Vaccine operations Central Provinces 1886-1899 - 1886-1899
Year: 1886
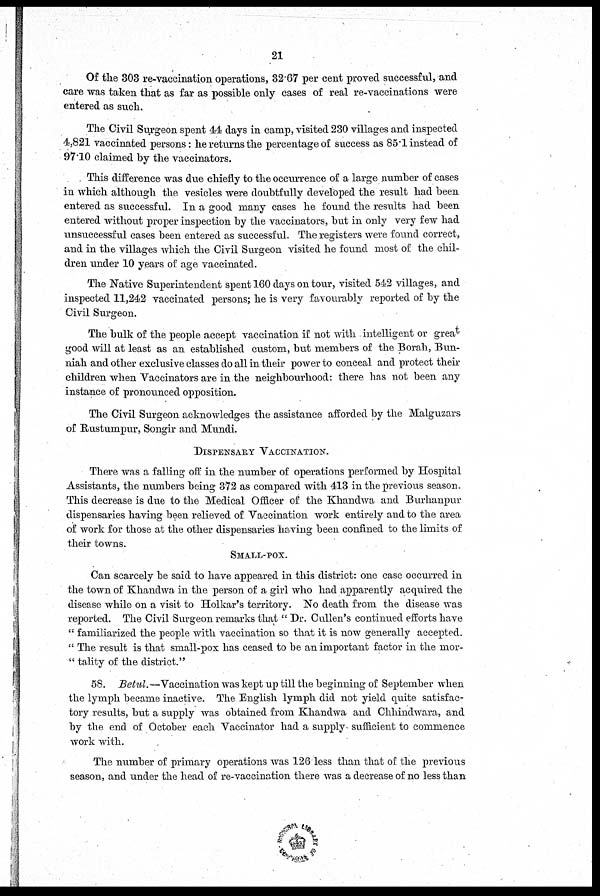
21
Of the 303 re-vaccination operations, 32.67 per cent proved successful, and
care was taken that as far as possible only cases of real re-vaccinations were
entered as such.
The Civil Surgeon spent 44 days in camp, visited 230 villages and inspected
4,821 vaccinated persons: he returns the percentage of success as 85.1 instead of
97.10 claimed by the vaccinators.
This difference was due chiefly to the occurrence of a large number of cases
in which although the vesicles were doubtfully developed the result had been
entered as successful. In a good many cases he found the results had been
entered without proper inspection by the vaccinators, but in only very few had
unsuccessful cases been entered as successful. The registers were found correct,
and in the villages which the Civil Surgeon visited he found most of the chil-
dren under 10 years of age vaccinated.
The Native Superintendent spent 160 days on tour, visited 542 villages, and
inspected 11,242 vaccinated persons; he is very favourably reported of by the
Civil Surgeon.
The bulk of the people accept vaccination if not with intelligent or great
good will at least as an established custom, but members of the Borah, Bun¬
niah and other exclusive classes do all in their power to conceal and protect their
children when Vaccinators are in the neighbourhood: there has not been any
instance of pronounced opposition.
The Civil Surgeon acknowledges the assistance afforded by the Malguzars
of Rustumpur, Songir and Mundi.
DISPENSARY VACCINATION.
There was a falling off in the number of operations performed by Hospital
Assistants, the numbers being 372 as compared with 413 in the previous season.
This decrease is due to the Medical Officer of the Khandwa and Burhanpur
dispensaries having been relieved of Vaccination work entirely and to the area
of work for those at the other dispensaries having been confined to the limits of
their towns.
SMALL-POX.
Can scarcely be said to have appeared in this district: one case occurred in
the town of Khandwa in the person of a girl who had apparently acquired the
disease while on a visit to Holkar's territory. No death from the disease was
reported. The Civil Surgeon remarks that " Dr. Cullen's continued efforts have
" familiarized the people with vaccination so that it is now generally accepted.
" The result is that small-pox has ceased to be an important factor in the mor¬
" tality of the district."
58. Betul. —Vaccination was kept up till the beginning of September when
the lymph became inactive. The English lymph did not yield quite satisfac-
tory results, but a supply was obtained from Khandwa and Chhindwara, and
by the end of October each Vaccinator had a supply sufficient to commence
work with.
The number of primary operations was 126 less than that of the previous
season, and under the head of re-vaccination there was a decrease of no less than